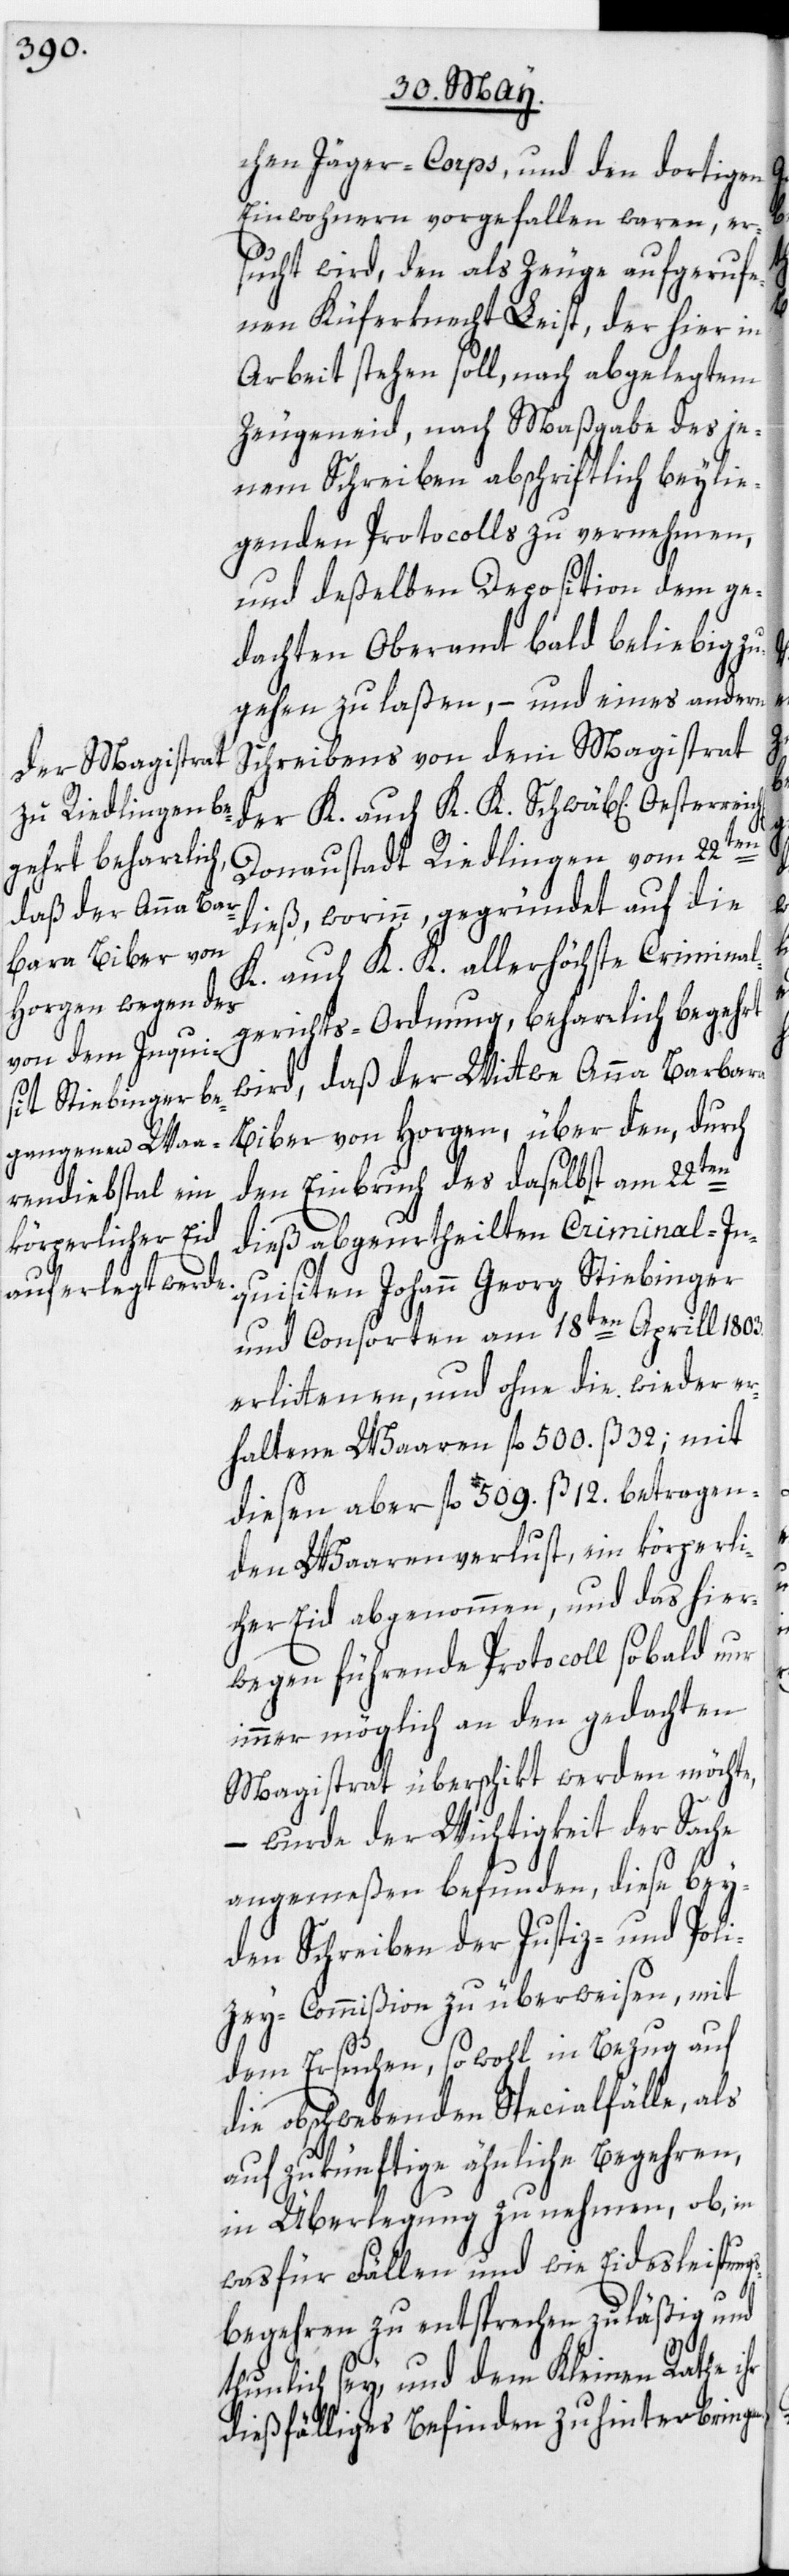
chen Jäger-Corps, und den dortigen
Einwohnern vorgefallen waren, er¬
sucht wird, den als Zeuge aufgerufe¬
nen Küferknecht Leist, der hier in
Arbeit stehen soll, nach abgelegtem
Zeugeneid, nach Maßgabe des je¬
nem Schreiben abschriftlich beylie¬
genden Protocolls zu vernehmen,
und deßelben Deposition dem ge¬
dachten Oberamt bald beliebig zu¬
gehen zu laßen, – und eines andern
Schreibens von dem Magistrat
der K. auch K. K. Schwäb[isch]
Donaustadt Riedlingen vom 22ten
n.
dieß, worinn, gegründet auf die
K. auch K. K. allerhöchste Criminal¬
gerichts-Ordnung, beharrlich begehrt
wird, daß der Wittwe Anna Barbara
Biber von Horgen, über den, durch
den Einbruch des daselbst am 22ten
dieß abgeurtheilten Criminal-In¬
quisiten Johann Georg Stiebinger
und Consorten am 18ten Aprill 1803.
erlittenen, und ohne die wieder er¬
haltene Waaren fl. 500. ß. 32; mit
diesen aber fl. 509. ß. 12. betragen¬
den Waarenverlust, ein körperli¬
cher Eid abgenommen, und das hier¬
wegen führende Protocoll sobald nur
immer möglich an den gedachten
Magistrat überschikt werden möchte,
– wurde der Wichtigkeit der Sache
angemeßen befunden, diese bey¬
den Schreiben der Justiz- und Poli¬
zey-Commißion zu überweisen, mit
dem Ersuchen, sowohl in Bezug auf
die obschwebenden Specialfälle, als
auf zukünftige ähnliche Begehren,
in Überlegung zu nehmen, ob, in
was für Fällen und wie Eidesleistung¬
sbegehren zu entsprechen zuläßig und
thunlich sey, und dem Kleinen Rathe
dießfälliges Befinden zu hinterbringe¬